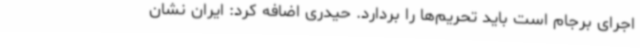
اجرای برجام است باید تحریم‌ها را بردارد. حیدری اضافه کرد: ایران نشان